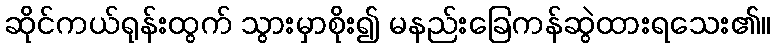
ဆိုင်ကယ်ရုန်းထွက် သွားမှာစိုး၍ မနည်းခြေကန်ဆွဲထားရသေး၏။